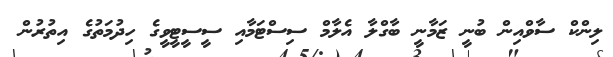
ލިންކް ސާވްއިން ބުނީ ޒަމާނީ ބާގްލާ އެލާމް ސިސްޓަމާއި ސީސީޓީވީގެ ހިދުމަތުގެ އިތުރުން